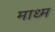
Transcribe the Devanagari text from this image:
माध्म